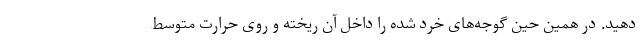
دهید. در همین حین گوجه‌های خرد شده را داخل آن ریخته و روی حرارت متوسط